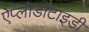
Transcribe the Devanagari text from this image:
ऐप्लोडौंटाइडी